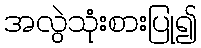
အလွဲသုံးစားပြု၍